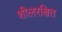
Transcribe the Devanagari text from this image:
शीलरक्षित